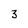
Character: 3